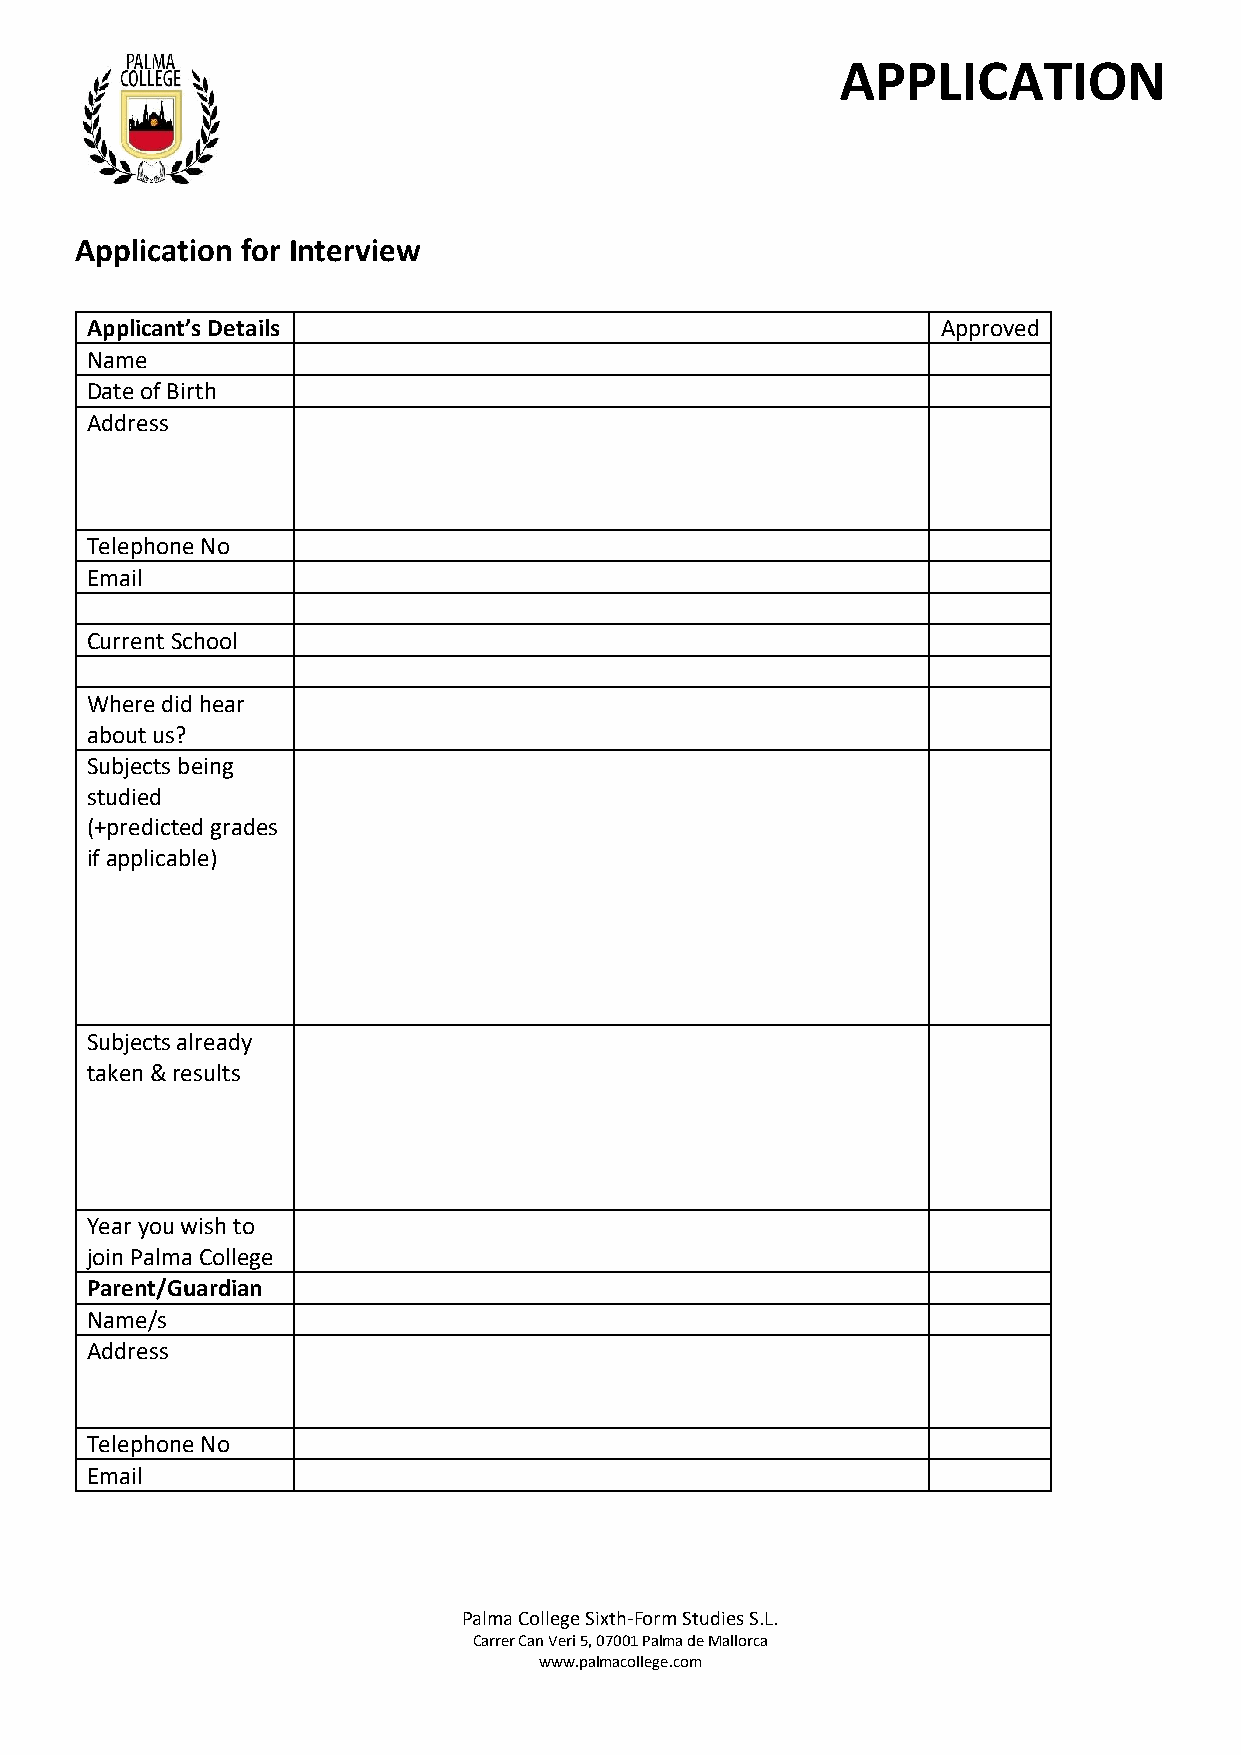
APPLICATION
 Application for Interview
 Applicant’s Details                                     Approved
 Name
 Date of Birth
 Address
 Telephone No
 Email
 Current School
 Where did hear
 about us?
 Subjects being
 studied
 (+predicted grades
 if applicable)
 Subjects already
 taken & results
 Year you wish to
 join Palma College
 Parent/Guardian
 Name/s
 Address
 Telephone No
 Email
 Palma College Sixth-Form Studies S.L.
 Carrer Can Veri 5, 07001 Palma de Mallorca
 www.palmacollege.com